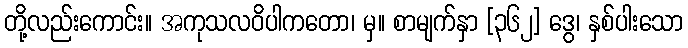
တို့လည်းကောင်း။ အကုသလဝိပါကတော၊ မှ။ စာမျက်နှာ [၃၆၂] ဒွေ၊ နှစ်ပါးသော